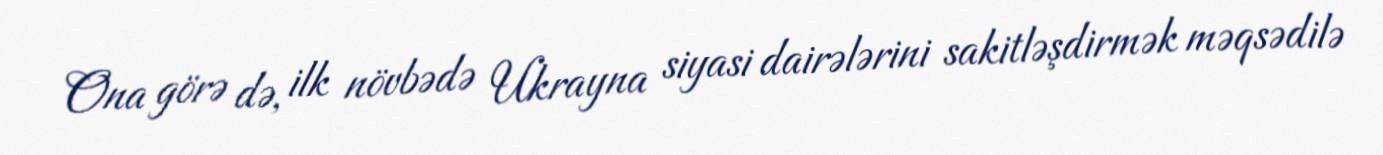
Ona görə də, ilk növbədə Ukrayna siyasi dairələrini sakitləşdirmək məqsədilə